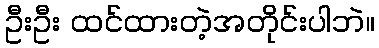
ဦးဦး ထင်ထားတဲ့အတိုင်းပါဘဲ။